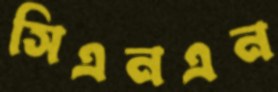
সিএনএন